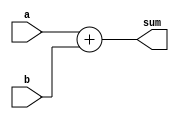
//implementation of general adder 
module cadd #( parameter WORD_LEN = 4 )(
input [WORD_LEN-1 : 0]a  ,	// 1st summand
input [WORD_LEN-1 : 0]b  ,	// 2nd summand
output [WORD_LEN : 0] sum	// sum of both
);
assign sum = a + b ;
endmodule